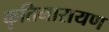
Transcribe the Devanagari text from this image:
कृतिनारायण